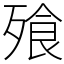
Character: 飱